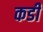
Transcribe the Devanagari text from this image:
कडीं